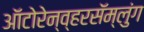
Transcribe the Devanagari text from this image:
ऑटोरेन्व्हरसॅम्लुंग